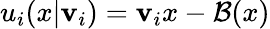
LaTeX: u_{i}(x|\mathbf{v}_{i})=\mathbf{v}_{i}x-\mathcal{B}(x)